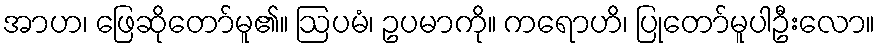
အာဟ၊ ဖြေဆိုတော်မူ၏။ ဩပမံ၊ ဥပမာကို။ ကရောဟိ၊ ပြုတော်မူပါဦးလော။